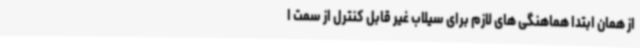
از همان ابتدا هماهنگی های لازم برای سیلاب غیر قابل کنترل از سمت ا